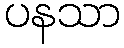
ပနသာ